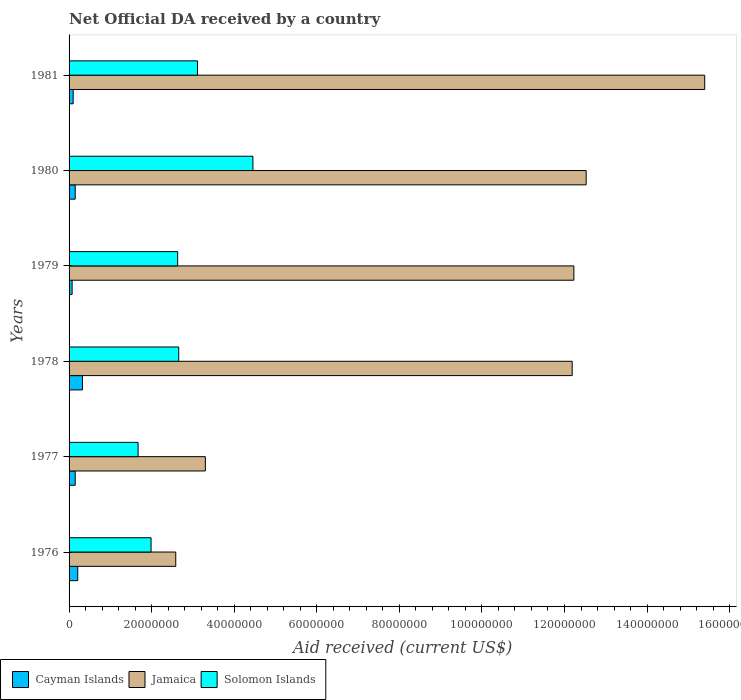
| Years | Cayman Islands | Jamaica | Solomon Islands |
 | --- | --- | --- | --- |
 | 1976 | 2.1e+06 | 2.58e+07 | 1.99e+07 |
 | 1977 | 1.49e+06 | 3.3e+07 | 1.67e+07 |
 | 1978 | 3.24e+06 | 1.22e+08 | 2.66e+07 |
 | 1979 | 7.4e+05 | 1.22e+08 | 2.63e+07 |
 | 1980 | 1.49e+06 | 1.25e+08 | 4.45e+07 |
 | 1981 | 9.9e+05 | 1.54e+08 | 3.11e+07 |